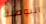
البوصلة